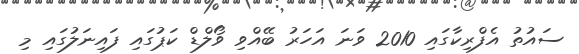
ސައުތު އެފްރިކާގައި 2010 ވަނަ އަހަރު ބޭއްވި ވޯލްޑް ކަޕުގައި ފައިނަލުގައި މި